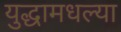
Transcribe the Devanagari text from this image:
युद्धामधल्या